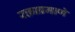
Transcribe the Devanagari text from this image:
रक्ताप्रमाणे